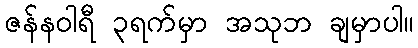
ဇန်နဝါရီ ၃ရက်မှာ အသုဘ ချမှာပါ။